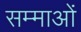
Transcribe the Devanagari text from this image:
सम्माओं